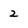
Character: 2